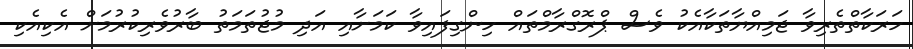
ހަރަކާތްތެރިވާ ޖަމިއްޔާތަކާއެކު ވެސް ޕްރޮގްރާމްތައް ހިންގިފައިވާ ކަމަށާއި އަދި މުޖުތަމަތު ބާރުވެރިކުރުމަށް އެކިއެކި